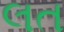
લત